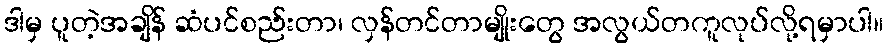
ဒါမှ ပူတဲ့အချိန် ဆံပင်စည်းတာ၊ လှန်တင်တာမျိုးတွေ အလွယ်တကူလုပ်လို့ရမှာပါ။